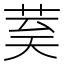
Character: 𮎾